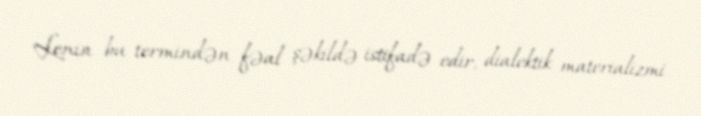
Lenin bu termindən fəal şəkildə istifadə edir, dialektik materializmi